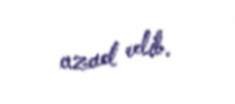
azad edib.